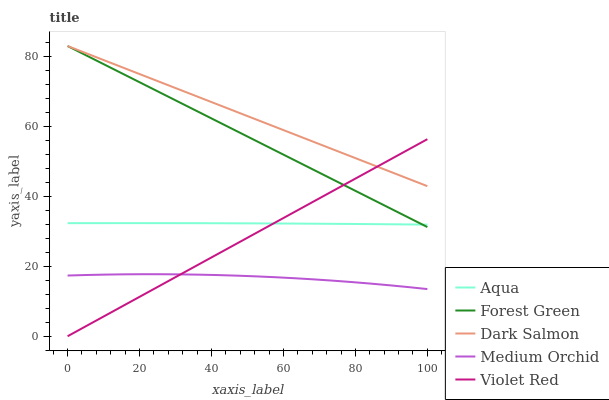
| xaxis_label | Aqua | Forest Green | Dark Salmon | Medium Orchid | Violet Red |
 | --- | --- | --- | --- | --- | --- |
 | 0 | 32.3 | 83 | 83 | 17.4 | 0 |
 | 5.26 | 32.3 | 80.3 | 80.9 | 17.5 | 2.97 |
 | 10.5 | 32.4 | 77.6 | 78.8 | 17.6 | 5.93 |
 | 15.8 | 32.4 | 74.8 | 76.7 | 17.7 | 8.9 |
 | 21.1 | 32.4 | 72.1 | 74.6 | 17.7 | 11.9 |
 | 26.3 | 32.3 | 69.4 | 72.5 | 17.7 | 14.8 |
 | 31.6 | 32.3 | 66.7 | 70.3 | 17.7 | 17.8 |
 | 36.8 | 32.3 | 63.9 | 68.2 | 17.6 | 20.8 |
 | 42.1 | 32.3 | 61.2 | 66.1 | 17.5 | 23.7 |
 | 47.4 | 32.3 | 58.5 | 64 | 17.3 | 26.7 |
 | 52.6 | 32.3 | 55.8 | 61.9 | 17.1 | 29.7 |
 | 57.9 | 32.2 | 53 | 59.8 | 16.9 | 32.6 |
 | 63.2 | 32.2 | 50.3 | 57.7 | 16.6 | 35.6 |
 | 68.4 | 32.2 | 47.6 | 55.6 | 16.3 | 38.6 |
 | 73.7 | 32.2 | 44.9 | 53.5 | 15.9 | 41.5 |
 | 78.9 | 32.1 | 42.1 | 51.4 | 15.5 | 44.5 |
 | 84.2 | 32.1 | 39.4 | 49.3 | 15.1 | 47.5 |
 | 89.5 | 32 | 36.7 | 47.1 | 14.6 | 50.4 |
 | 94.7 | 32 | 34 | 45 | 14.1 | 53.4 |
 | 100 | 31.9 | 31.2 | 42.9 | 13.5 | 56.4 |